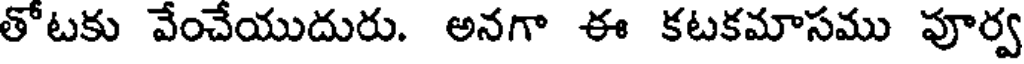
తోటకు వేంచేయుదురు. అనగా ఈ కటకమాసము పూర్వ